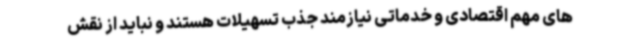
های مهم اقتصادی و خدماتی نیازمند جذب تسهیلات هستند و نباید از نقش